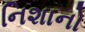
નિશાનો